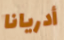
أدريانا